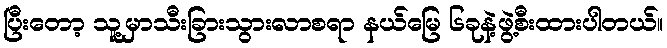
ပြီးတော့ သူ့မှာသီးခြားသွားလာစရာ နယ်မြေ ၆ခုနဲ့ဖွဲ့စီးထားပါတယ်။